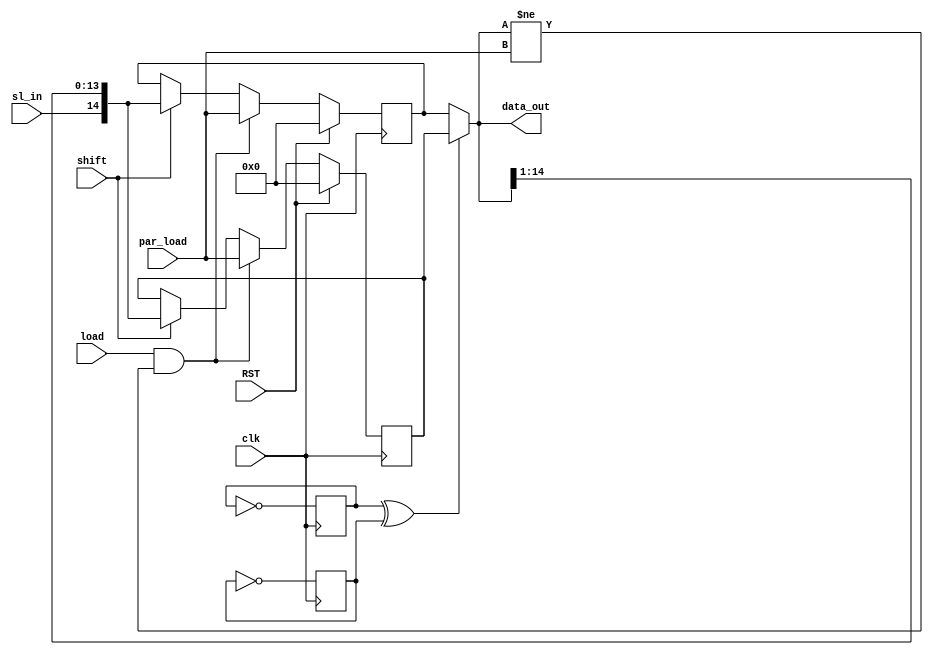
module usr_En_bo #( parameter width =15 )
(input clk,
input RST,
input shift,
input load,
input sl_in,
input [width-1:0] par_load,
output [width-1:0] data_out);

reg [width-1:0] storage1;
reg [width-1:0] storage2;
reg a1,a2;

always @(posedge clk) 
	begin
		if (RST)
			storage1<=0;
		else if(load & (data_out != par_load))
			storage1 <= par_load;
		else if(shift)
			storage1 <= {sl_in, data_out[width-1:1]};
		
			
			a1=~a1;
	end
	always @(negedge clk) 
	begin
		if (RST)
			storage2<=0;
		else if(load & (data_out != par_load))
			storage2 <= par_load;
		else if(shift)
			storage2 <= {sl_in, data_out[width-1:1]};
		
			
			a2=~a2;
	end
	
	assign data_out =(a1^a2==1) ? storage1:storage2 ;
endmodule